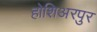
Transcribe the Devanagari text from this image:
होशिअरपुर